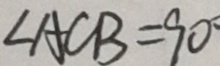
\angle A C B = 9 0 ^ { \circ }